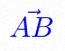
\vec{AB}